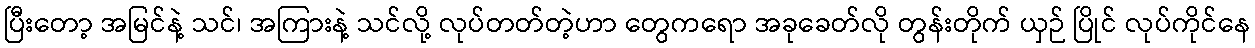
ပြီးတော့ အမြင်နဲ့ သင်၊ အကြားနဲ့ သင်လို့ လုပ်တတ်တဲ့ဟာ တွေကရော အခုခေတ်လို တွန်းတိုက် ယှဉ် ပြိုင် လုပ်ကိုင်နေ